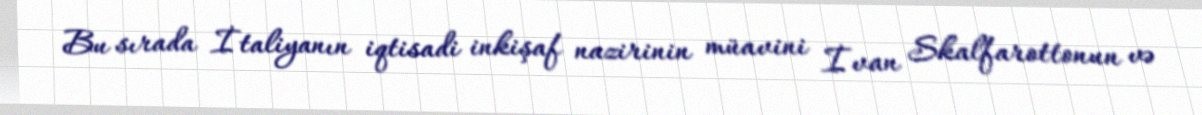
Bu sırada İtaliyanın iqtisadi inkişaf nazirinin müavini İvan Skalfarottonun və